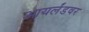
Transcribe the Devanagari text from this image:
आयर्लंडवर